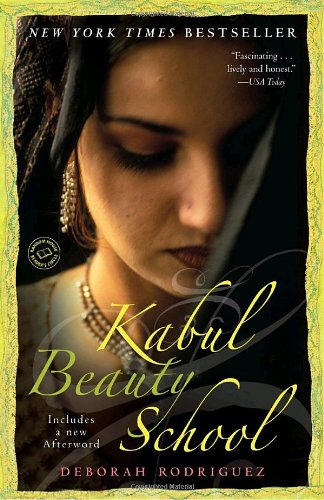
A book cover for Kabul Beauty School: An American Woman Goes Behind the Veil; Deborah Rodriguez; Religion & Spirituality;